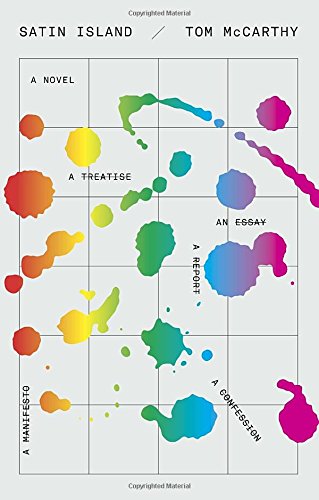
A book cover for Satin Island: A novel; Tom McCarthy; Science Fiction & Fantasy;